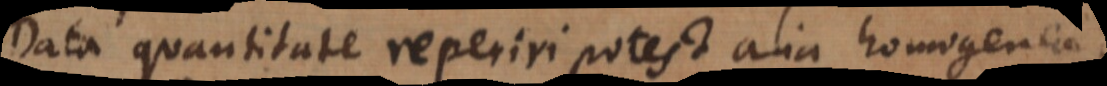
Data quantitate reperiri potest alia homogenea